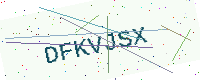
Text: DFKVJSX